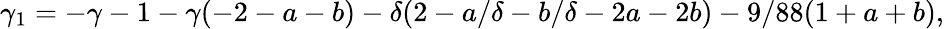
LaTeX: \gamma_{1}=-\gamma-1-\gamma(-2-a-b)-\delta(2-a/\delta-b/\delta-2a-2b)-9/88(1+a+b),